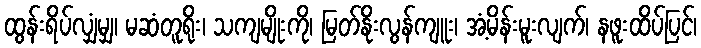
ထွန်းရိပ်လျှံမျှ၊ မဆံတူရိုး၊ သကျမျိုးကို၊ မြတ်နိုးလွန်ကျူး၊ အံ့မိန်းမူးလျက်၊ နဖူးထိပ်ပြင်၊